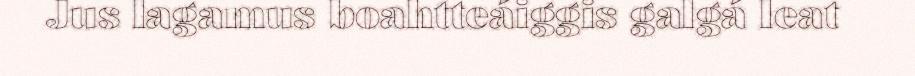
Jus lagamus boahtteáiggis galgá leat